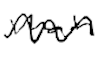
Text: main
Cross-out: wave
Writing tool: digital_black